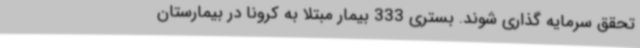
تحقق سرمایه گذاری شوند. بستری 333 بیمار مبتلا به کرونا در بیمارستان